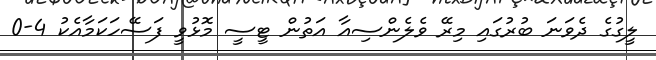
ލީގުގެ ދެވަނަ ބުރުގައި މިރޭ ވެލެންސިއާ އަތުން ޓީސީ މޮޅުވީ ފަސޭހަކަމާއެކު 4-0